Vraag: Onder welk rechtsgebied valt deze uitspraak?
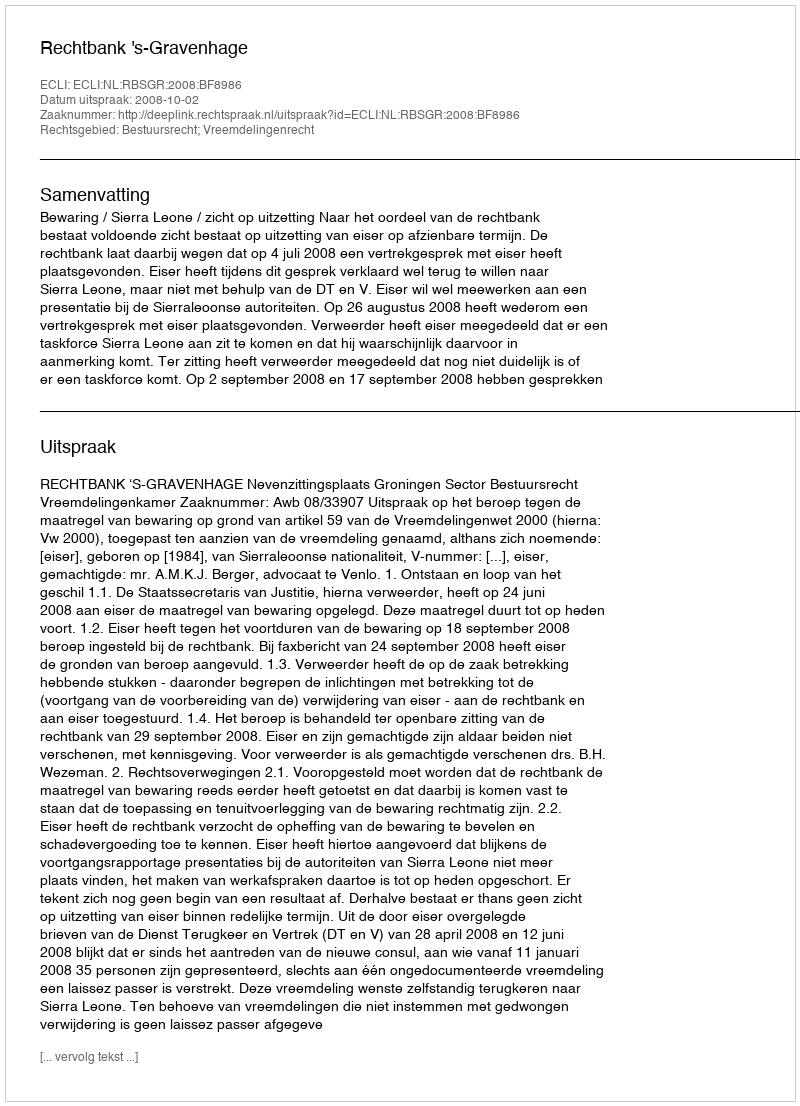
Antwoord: Bestuursrecht; Vreemdelingenrecht